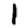
Digit: 1